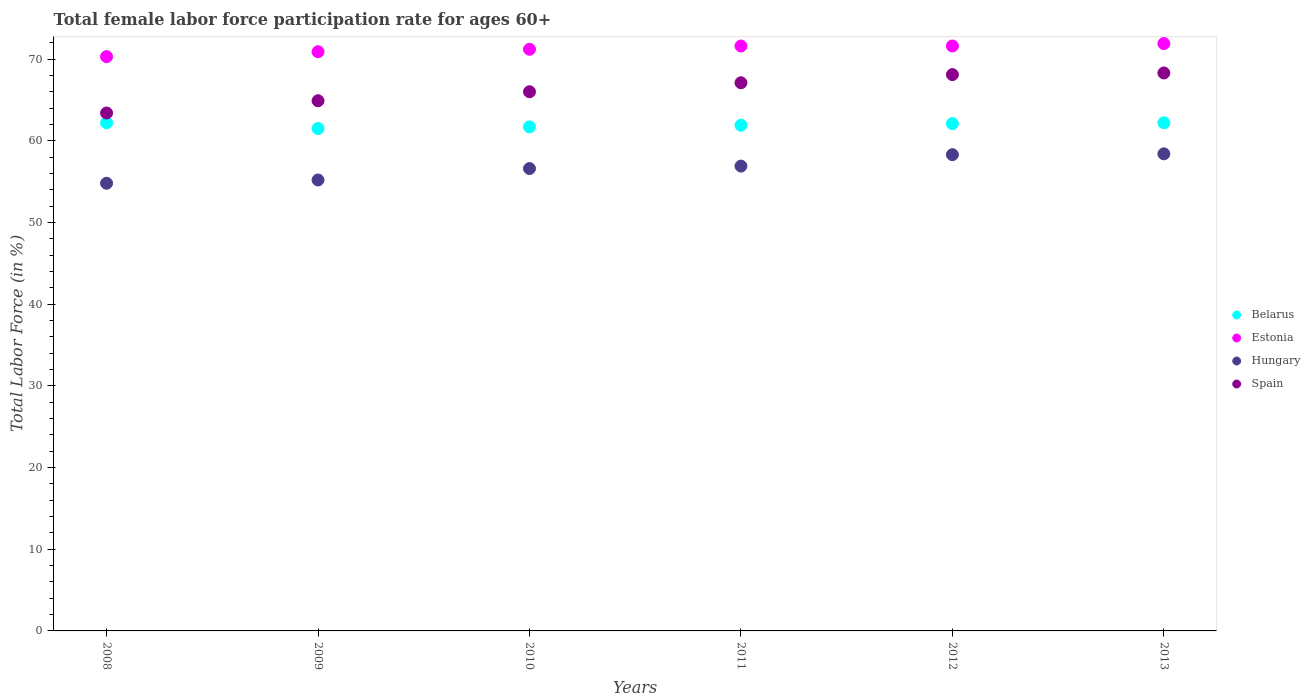
| Years | Belarus | Estonia | Hungary | Spain |
 | --- | --- | --- | --- | --- |
 | 2008 | 62.2 | 70.3 | 54.8 | 63.4 |
 | 2009 | 61.5 | 70.9 | 55.2 | 64.9 |
 | 2010 | 61.7 | 71.2 | 56.6 | 66 |
 | 2011 | 61.9 | 71.6 | 56.9 | 67.1 |
 | 2012 | 62.1 | 71.6 | 58.3 | 68.1 |
 | 2013 | 62.2 | 71.9 | 58.4 | 68.3 |